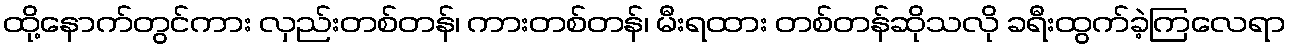
ထို့နောက်တွင်ကား လှည်းတစ်တန်၊ ကားတစ်တန်၊ မီးရထား တစ်တန်ဆိုသလို ခရီးထွက်ခဲ့ကြလေရာ